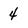
Character: 4